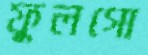
ফুলগো